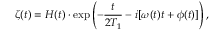
\zeta ( t ) = H ( t ) \cdot \exp \left( - \frac { t } { 2 T _ { 1 } } - i [ \omega ( t ) t + \phi ( t ) ] \right) ,